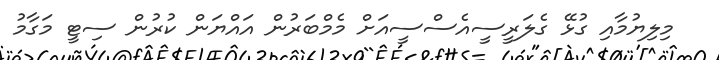
މިލިޔުމާއި ގުޅޭ ގެލަރީސީއެސްސީއަށް މެމްބަރުން އައްޔަން ކުރުން ސިޓީ މަގާމު